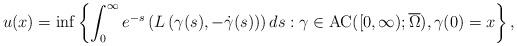
LaTeX: \begin{align*} u(x) = \inf \left\lbrace \int_0^\infty e^{-s}\left(L\left(\gamma(s), -\dot{\gamma}(s)\right)\right)ds: \gamma\in \mathrm{AC}([0,\infty);\overline{\Omega}), \gamma(0) = x\right\rbrace,\end{align*}